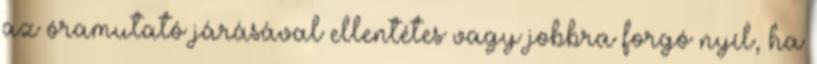
az óramutató járásával ellentétes vagy jobbra forgó nyíl, ha